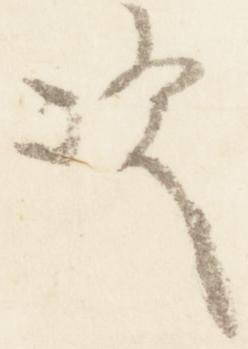
次